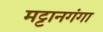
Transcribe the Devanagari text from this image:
मट्टानगंगा